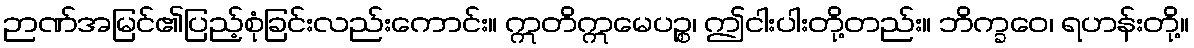
ဉာဏ်အမြင်၏ပြည့်စုံခြင်းလည်းကောင်း။ ဣတိဣမေပဉ္စ၊ ဤငါးပါးတို့တည်း။ ဘိက္ခဝေ၊ ရဟန်းတို့။